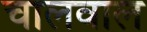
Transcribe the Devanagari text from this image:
चालवाल